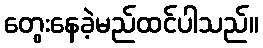
တွေးနေခဲ့မည်ထင်ပါသည်။